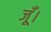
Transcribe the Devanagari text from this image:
जूँ।